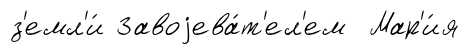
з'емл'и́ Завоjева́т'ел'ем Мар'и́я